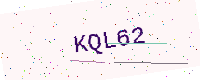
Text: KQL62